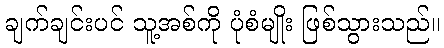
ချက်ချင်းပင် သူ့အစ်ကို ပုံစံမျိုး ဖြစ်သွားသည်။